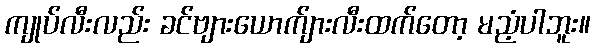
ကျုပ်လီးလည်း ခင်ဗျားယောက်ျားလီးထက်တော့ မညံ့ပါဘူး။